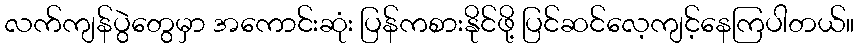
လက်ကျန်ပွဲတွေမှာ အကောင်းဆုံး ပြန်ကစားနိုင်ဖို့ ပြင်ဆင်လေ့ကျင့်နေကြပါတယ်။